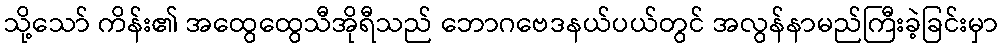
သို့သော် ကိန်း၏ အထွေထွေသီအိုရီသည် ဘောဂဗေဒနယ်ပယ်တွင် အလွန်နာမည်ကြီးခဲ့ခြင်းမှာ